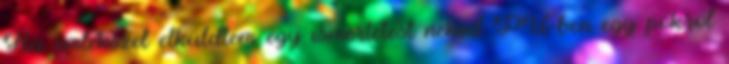
Ha emlékszel elküldtem egy ismertetést neked PÜ-ben egy pókról